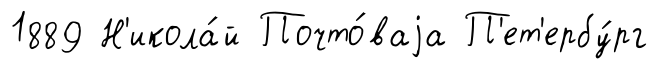
1889 Н'икола́й Почто́ваjа П'ет'ербу́рг